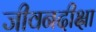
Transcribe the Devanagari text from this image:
जीवनदीक्षा